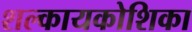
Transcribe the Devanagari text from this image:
शल्कायकोशिका